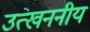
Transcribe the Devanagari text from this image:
उत्खननीय